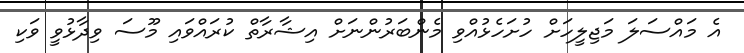
އެ މައްސަލަ މަޖިލީހަށް ހުށަހެޅުއްވި މެންބަރުންނަށް އިޝާރާތް ކުރައްވައި މޫސަ ވިދާޅުވީ ވަކި